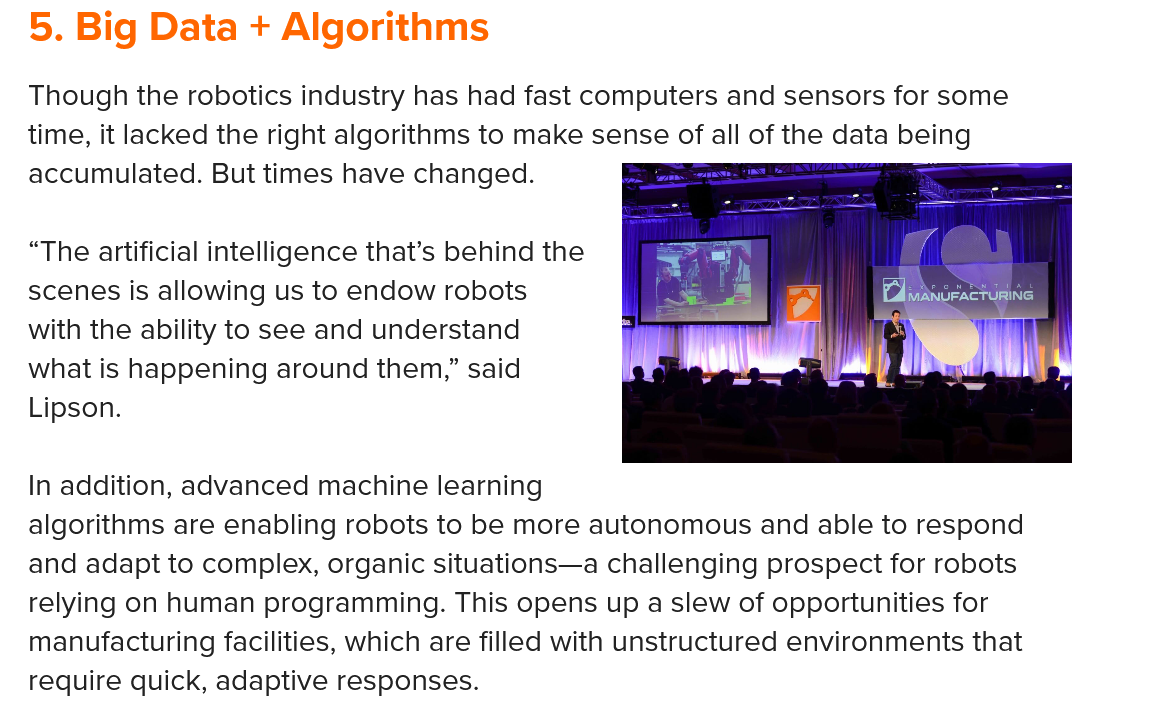
In addition, advanced machine learning
   algorithms are enabling robots to be more autonomous and able to respond
   and adapt to complex, organic situations—a challenging prospect for robots
   relying on human programming. This opens up a slew of opportunities for
   manufacturing facilities, which are filled with unstructured environments that
   require quick, adaptive responses.
   Though the robotics industry has had fast computers and sensors for some
  time, it lacked the right algorithms to make sense of all of the data being
   “The artificial intelligence that’s behind the
   scenes is allowing us to endow robots
   with the ability to see and understand
   what is happening around them,” said
   Lipson.
   5. Big  Data   + Algorithms
   accumulated. But times have changed.